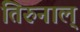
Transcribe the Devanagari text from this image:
तिरुनाल्